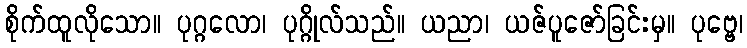
စိုက်ထူလိုသော။ ပုဂ္ဂလော၊ ပုဂ္ဂိုလ်သည်။ ယညာ၊ ယဇ်ပူဇော်ခြင်းမှ။ ပုဗ္ဗေ၊